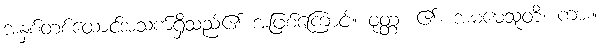
အနှစ်တစ်ထောင်အသက်ရှိသည်၏ အဖြစ်ကြောင့်။ ဝုတ္တံ၊ ၏။ အမမေသူတိ၊ ကား။